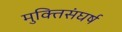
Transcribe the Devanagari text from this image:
मुक्तिसंघर्ष